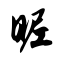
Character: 昵